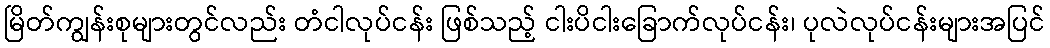
မြိတ်ကျွန်းစုများတွင်လည်း တံငါလုပ်ငန်း ဖြစ်သည့် ငါးပိငါးခြောက်လုပ်ငန်း၊ ပုလဲလုပ်ငန်းများအပြင်